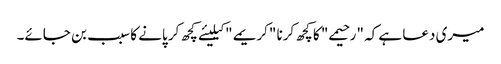
میری دعا ہے کہ "رحیمے" کا کچھ کرنا "کریمے" کیلیئے کچھ کر پانے کا سبب بن جائے۔